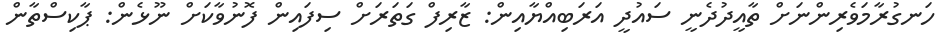
ހަނގުރާމަވެރިންނަށް ތާއީދުދެނީ ސައުދީ އަރަބިއްޔާއިން: ޒާރިފް ގަތަރަށް ސިފައިން ފޮނުވާކަށް ނޫޅެން: ޕާކިސްތާން